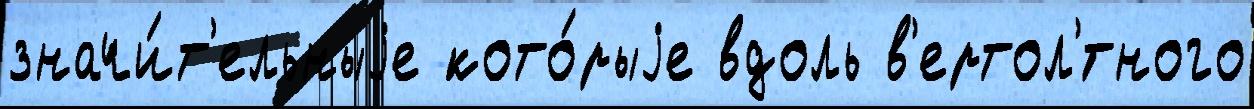
значи́т'ельныjе кото́рыjе вдоль в'ертол'́тного